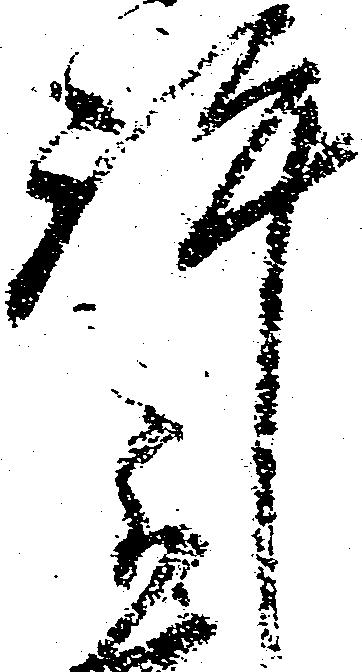
許